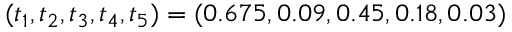
( t _ { 1 } , t _ { 2 } , t _ { 3 } , t _ { 4 } , t _ { 5 } ) = ( 0 . 6 7 5 , 0 . 0 9 , 0 . 4 5 , 0 . 1 8 , 0 . 0 3 )